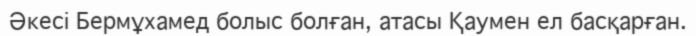
Әкесі Бермұхамед болыс болған, атасы Қаумен ел басқарған.